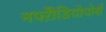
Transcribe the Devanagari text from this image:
नफ्ऱेीडियोपोर्स